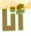
أنا